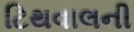
ટિથવાલની